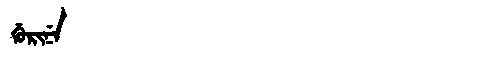
Manchu: ᡤᡠᡵᡳᠨᡝ
Romanization: GURINE